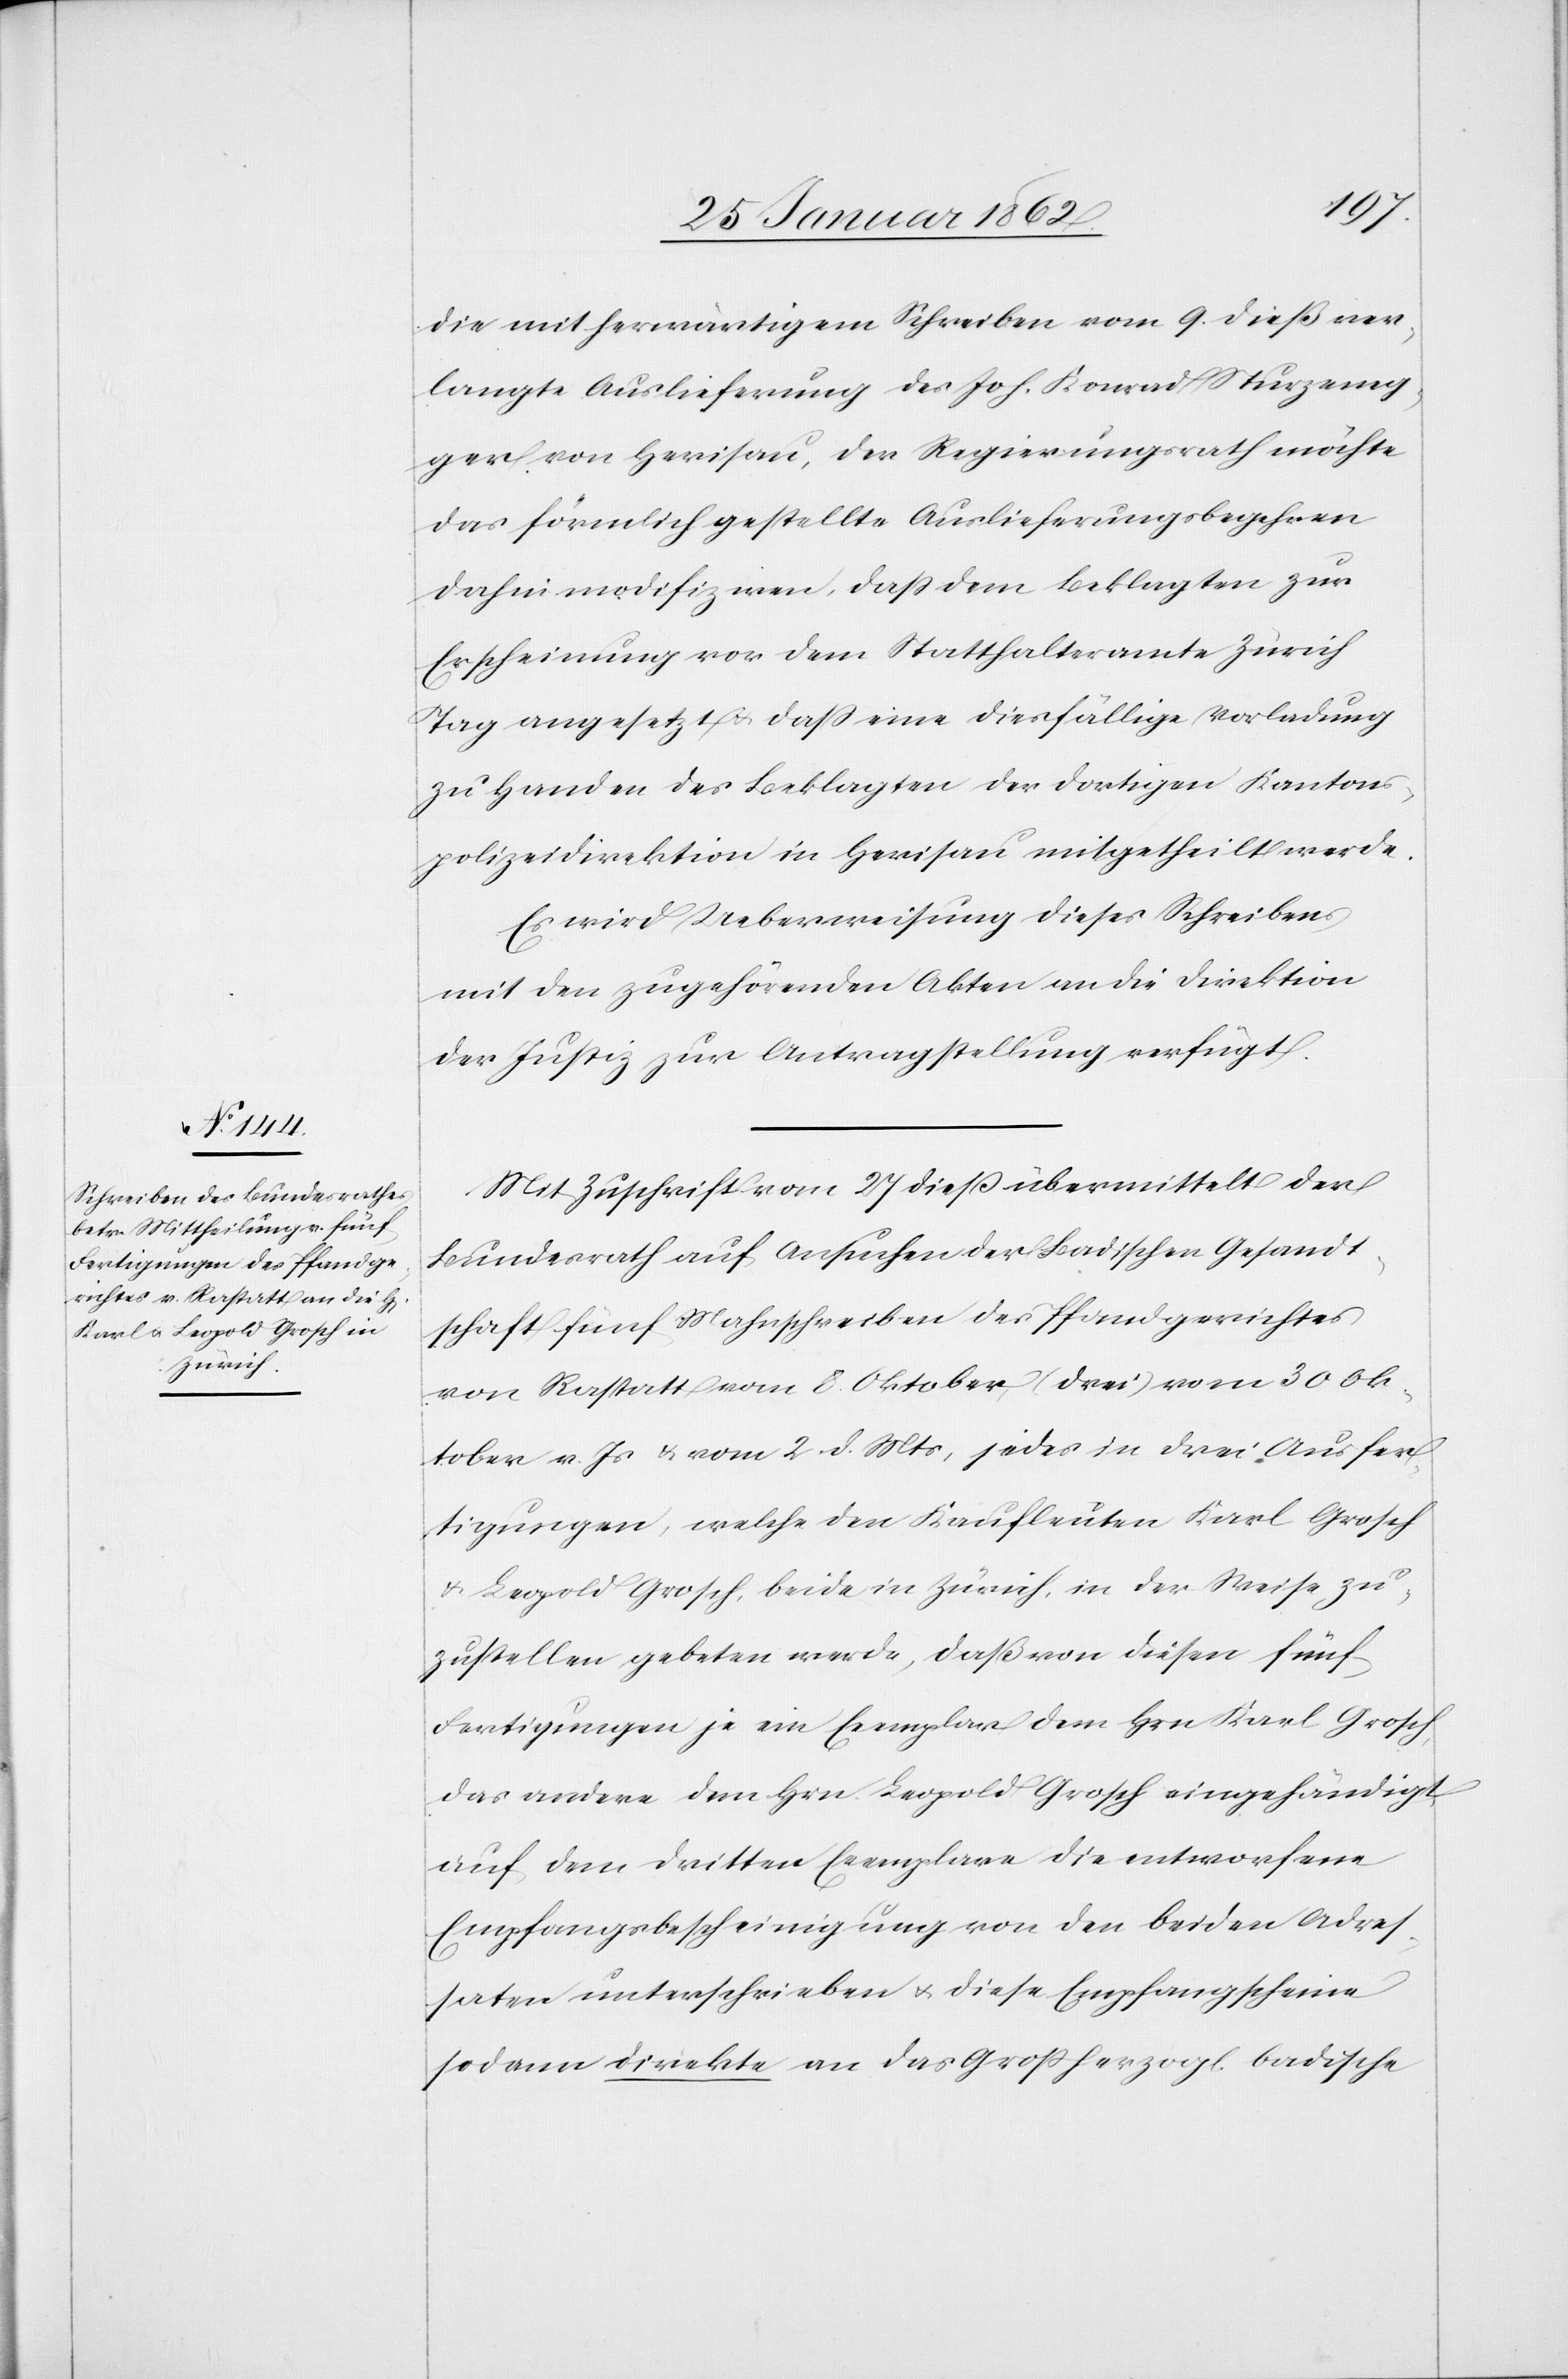
29. Januar 1862.]
die mit herwärtigem Schreiben vom 9. dieß ver¬
langte Auslieferung des Joh. Konrad Sturzeneg¬
ger von Herisau, der Regierungsrath möchte
das förmlich gestellte Auslieferungsbegehren
dahin modifiziren, daß dem Beklagten zur
Erscheinung vor dem Statthalteramte Zürich
Tag angesetzt u. daß eine diesfällige Vorladung
zu Handen des Beklagten der dortigen Kantons¬
polizeidirektion in Herisau mitgetheilt werde.
Es wird Ueberweisung dieses Schreibens
mit den zugehörenden Akten an die Direktion
der Justiz zur Antragstellung verfügt.
Mit Zuschrift vom 27 dieß übermittelt der
Bundesrath auf Ansuchen der Badischen Gesandt¬
schaft fünf Mahnschreiben des Pfandgerichtes
von Rastatt vom 8. Oktober (drei)[,] vom 30 Ok¬
tober v. Js u. vom 2 d. Mts, jedes in drei Ausfer¬
tigungen, welche den Kaufleuten Karl Grosch
u. Leopold Grosch, beide in Zürich, in der Weise zu¬
zustellen gebeten werde, daß von diesen fünf
Fertigungen je ein Exemplar dem Hrn Karl Grosch,
das andere dem Hrn. Leopold Grosch eingehändigt,
auf dem dritten Exemplare die entworfene
Empfangsbescheinigung von den beiden Adres¬
saten unterschrieben u. diese Empfangscheine
sodann direkte an das Großherzogl. badische